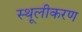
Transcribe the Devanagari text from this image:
स्थूलीकरण